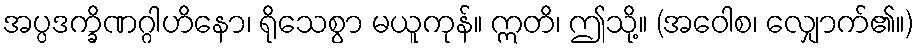
အပ္ပဒက္ခိဏဂ္ဂါဟိနော၊ ရိုသေစွာ မယူကုန်။ ဣတိ၊ ဤသို့။ (အဝေါစ၊ လျှောက်၏။)